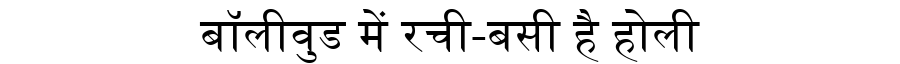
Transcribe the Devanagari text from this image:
बॉलीवुड में रची-बसी है होली